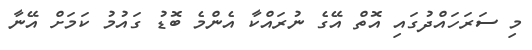
މި ސަރަހައްދުގައި އޮތް އޭގެ ނުރައްކާ އެންމެ ބޮޑު ގައުމު ކަމަށް އޭނާ